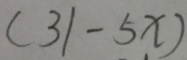
( 3 1 - 5 x )